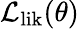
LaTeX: \mathcal{L}_{\mathrm{lik}}(\theta)